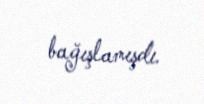
bağışlamışdı.